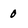
Character: 0